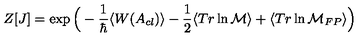
Z [ J ] = \exp \Big ( - \frac { 1 } { \hbar } \langle W ( A _ { c l } ) \rangle - \frac { 1 } { 2 } \langle T r \ln { \cal M } \rangle + \langle T r \ln { \cal M } _ { F P } \rangle \Big )